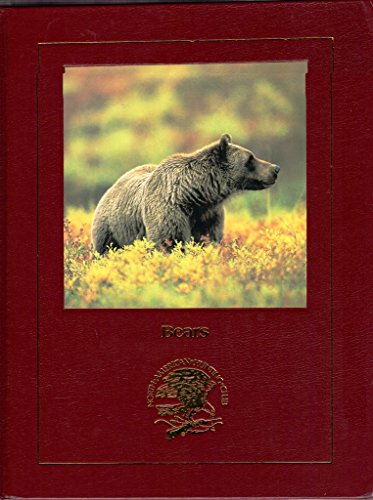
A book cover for Bears: Behavior, Ecology, Conservation; Erwin A. Bauer; Sports & Outdoors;